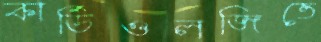
কার্ডিওলজিতে